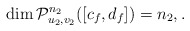
\begin{align*}\dim {\cal P}^{n_2}_{u_2,v_2}([c_f,d_f])=n_2, . \end{align*}